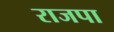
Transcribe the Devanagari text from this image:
राजपा